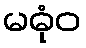
မဓုံဝ